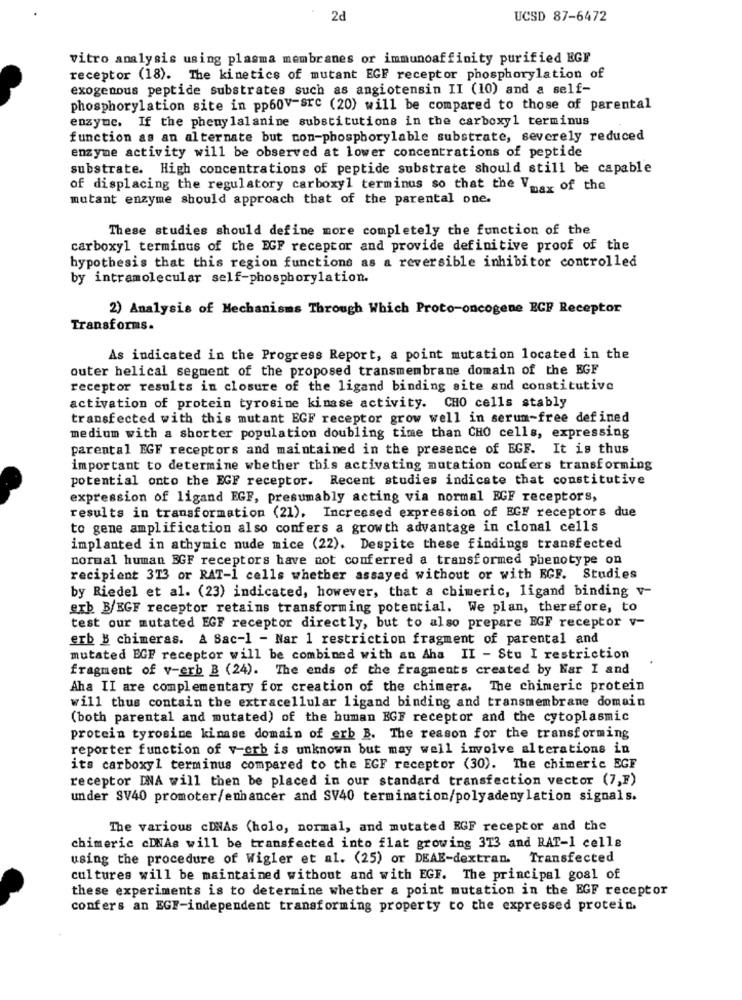
2d
UCSD 87-6472
vitro analysis using plasma membranes or immunoaffinity purified EGF
receptor (18). The kinetics of mutant EGF receptor phosphorylation of
exogenous peptide substrates such as angiotensin II (10) and a self-
phosphorylation site in pp60V-src (20) will be compared to those of parental
enzyme. If the phenylalanine substitutions in the carboxyl terminus
function as an alternate but con-phosphorylable substrate, severely reduced
enzyme activity will be observed at lower concentrations of peptide
substrate. High concentrations of peptide substrate should still be capable
of displacing the regulatory carboxyl terminus so that the Vmax of the
mutant enzyme should approach that of the parental one.
These studies should define more completely the function of the
carboxyl terminus of the EGF receptor and provide definitive proof of the
hypothesis that this region functions as a reversible inhibitor controlled
by intramolecular self-phosphorylation.
2) Analysis of Mechanisms Through Which Proto-oncogene ECF Receptor
Transforms.
As indicated in the Progress Report, a point mutation located in the
outer helical segment of the proposed transmembrane domain of the EGF
receptor results in closure of the ligand binding site and constitutive
activation of protein tyrosine kinase activity. CHO cells stably
transfected with this mutant EGF receptor grow well in serum-free defined
medium with a shorter population doubling time than CHO cells, expressing
parental EGF receptors and maintained in the presence of EGF. It is thus
important to determine whether this activating mutation confers transforming
potential onto the EGF receptor. Recent studies indicate that constitutive
expression of ligand EGF, presumably acting via normal EGF receptors,
results in transformation (21). Increased expression of EGF receptors due
to gene amplification also confers a growth advantage in clonal cells
implanted in athymic nude mice (22). Despite these findings transfected
normal human BGF receptors have not conferred a transformed phenotype on
recipient 3T3 or RAT-1 cells whether assayed without or with EGF. Studies
by Riedel et al. (23) indicated, however, that a chimeric, ligand binding v-
erb B/EGF receptor retains transforming potential. We plan, therefore, to
test our mutated EGF receptor directly, but to also prepare EGF receptor v-
erb B chimeras. A Sac-1 - Nar 1 restriction fragment of parental and
mutated EGF receptor will be combined with an Aha II - Stu I restriction
fragment of v-erb B (24). The ends of the fragments created by Har I and
Aha II are complementary for creation of the chimera. The chimeric protein
will thus contain the extracellular ligand binding and transmembrane domain
(both parental and mutated) of the human EGF receptor and the cytoplasmic
protein tyrosine kinase domain of erb B. The reason for the transforming
reporter function of v-erb is unknown but may well involve alterations in
its carboxyl terminus compared to the EGF receptor (30). The chimeric EGF
receptor DNA will then be placed in our standard transfection vector (7,F)
under SV40 promoter/enhancer and SV40 termination/polyadenylation signals.
The various cDNAs (holo, normal, and mutated EGF receptor and the
chimeric cINAs will be transfected into flat growing 313 and RAT-1 celle
using the procedure of Wigler et al. (25) or DEAE-dextran. Transfected
cultures will be maintained without and with EGF. The principal goal of
these experiments is to determine whether a point mutation in the EGF receptor
confers an EGF-independent transforming property to the expressed protein.